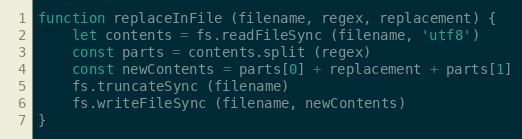
Language: JavaScript
function replaceInFile (filename, regex, replacement) {
    let contents = fs.readFileSync (filename, 'utf8')
    const parts = contents.split (regex)
    const newContents = parts[0] + replacement + parts[1]
    fs.truncateSync (filename)
    fs.writeFileSync (filename, newContents)
}